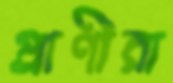
প্রাণীরা